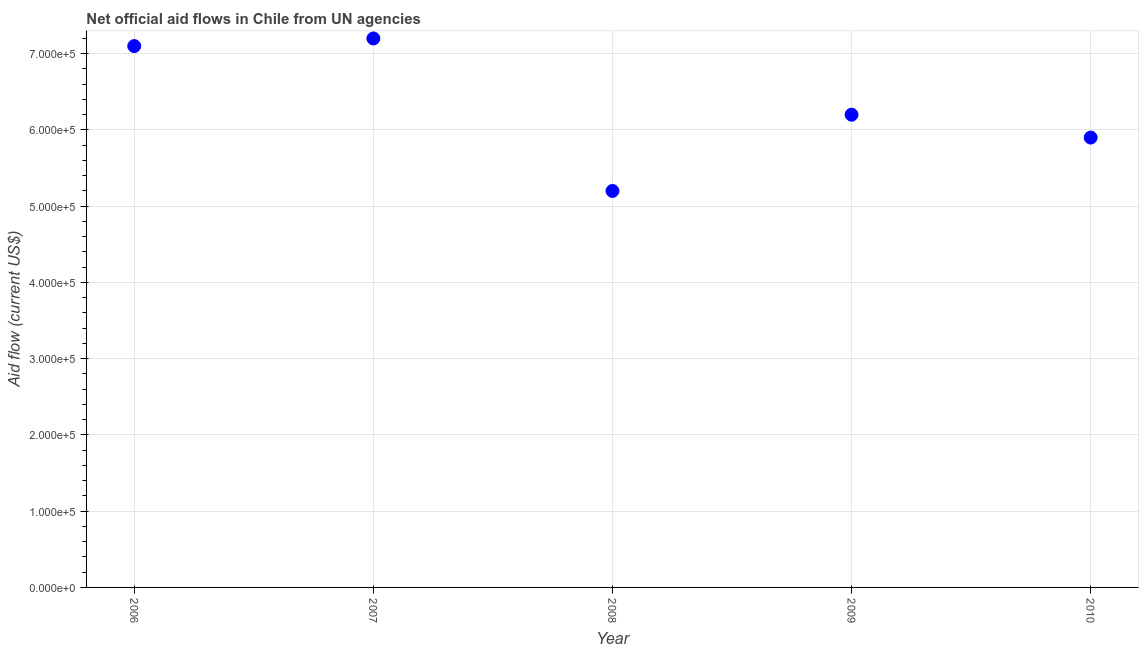
| Year | Net official flows from UN agencies |
 | --- | --- |
 | 2006 | 7.1e+05 |
 | 2007 | 7.2e+05 |
 | 2008 | 5.2e+05 |
 | 2009 | 6.2e+05 |
 | 2010 | 5.9e+05 |